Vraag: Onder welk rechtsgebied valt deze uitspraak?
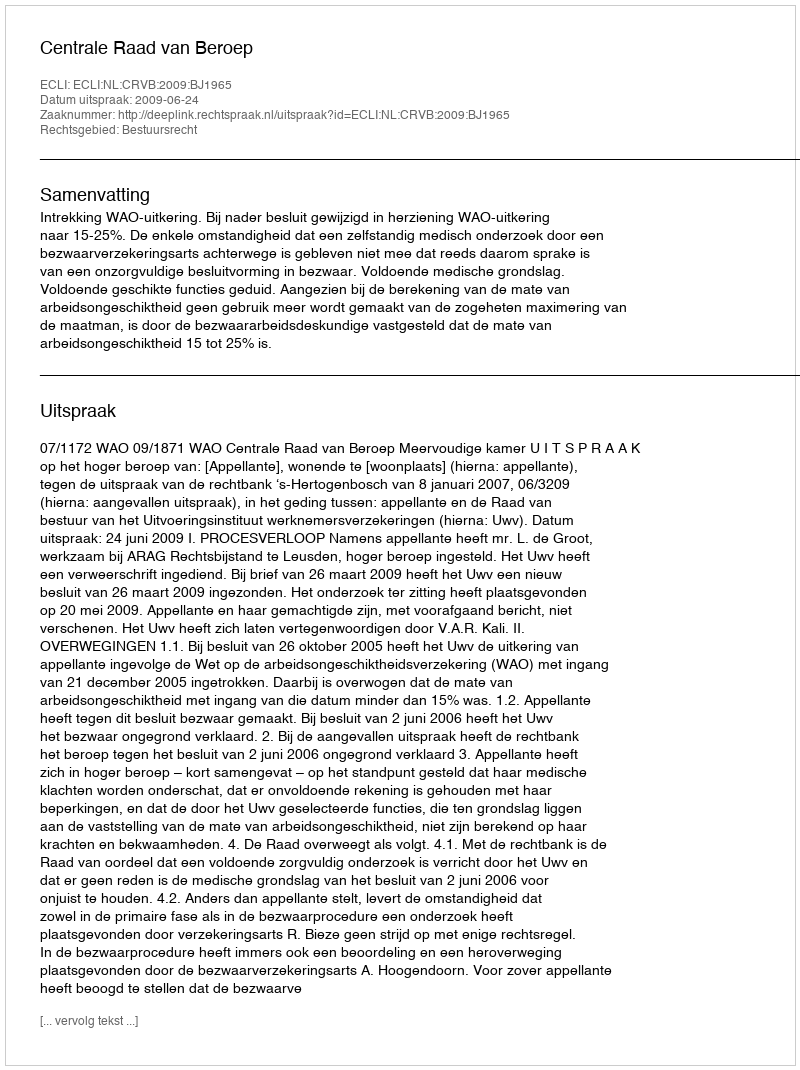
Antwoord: Bestuursrecht